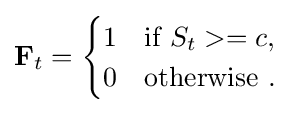
\mathbf {F} _{t}={\begin{cases}1&{\text{if }}S_{t}>=c,\\0&{\text{otherwise }}.\end{cases}}